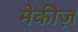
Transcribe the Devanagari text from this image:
मेकीज़